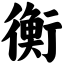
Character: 衡